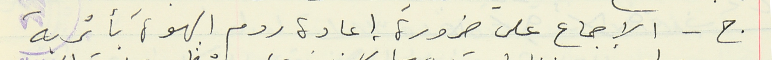
ج - الإجماع على ضرورة إعادة ردم الهوة بأتربة